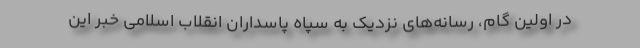
در اولین گام، رسانه‌های نزدیک به سپاه پاسداران انقلاب اسلامی خبر این